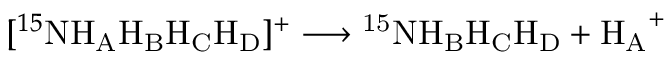
[ ^ { 1 5 } \mathrm { N H _ { A } H _ { B } H _ { C } H _ { D } } ] ^ { + } \longrightarrow \mathrm { ^ { 1 5 } N H _ { B } H _ { C } H _ { D } } + \mathrm { H _ { A } } ^ { + }